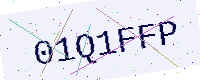
Text: 01Q1FFP